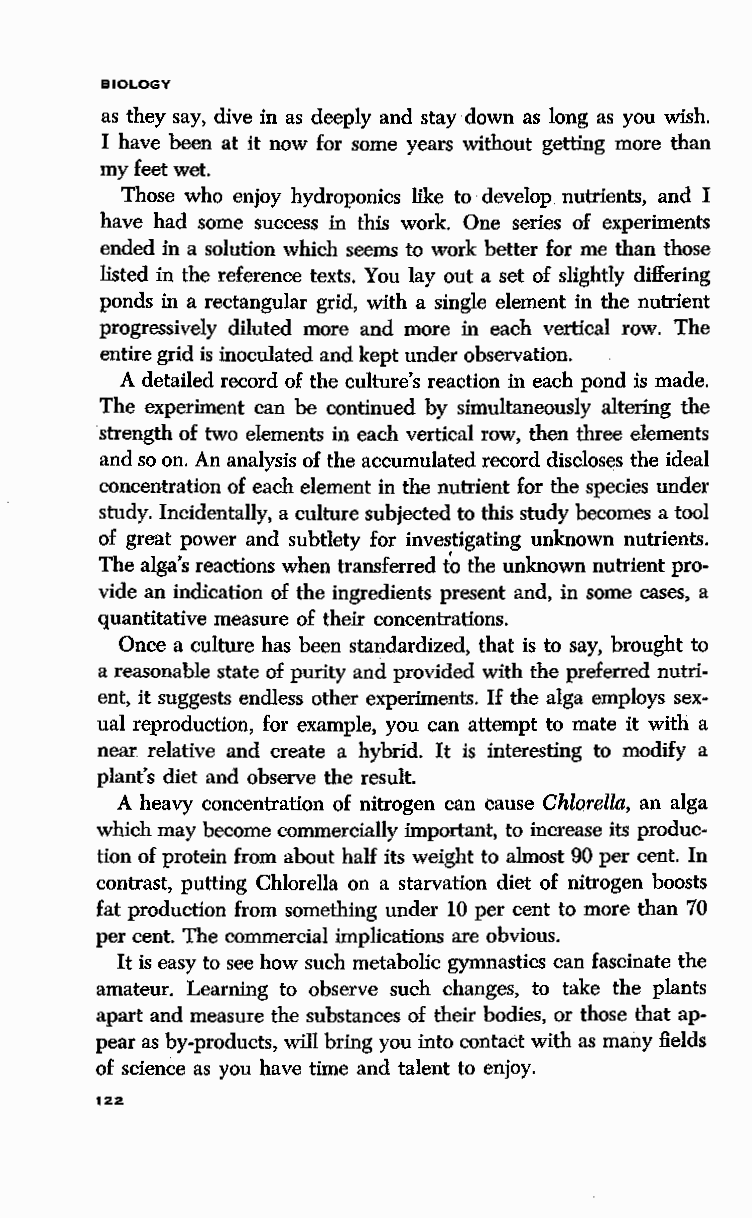
BIOLOGY
 as they say, dive in as deeply and stay down as long as you wish.
 I have been at it now for some years without getting more than
 my feet wet.
 Those who enjoy hydroponics like to develop nutrients, and I
 have had some success in this work. One series of experiments
 ended in a solution which seems to work better for me than those
 listed in the reference texts. You lay out a set of slightly differing
 ponds in a rectangular grid, with a single element in the nutrient
 progressively diluted more and more in each vertical row. The
 entire grid is inoculated and kept under observation.
 A detailed record of the culture's reaction in each pond is made.
 The experiment can be continued by simultaneously altering the
 strength of two elements in each vertical row, then three elements
 and so on. An analysis of the accumulated record discloses the ideal
 concentration of each element in the nutrient for the species under
 study. Incidentally, a culture subjected to this study becomes a tool
 of gre-at power and subtlety for investigating unknown nutrients.
 The alga's reactions when transferred t'o the unknown nutrient pro
 vide an indication of the ingredients present and, in some cases, a
 quantitative measure of their concentrations.
 Once a culture has been standardized, that is to say, brought to
 a reasonable state of purity and provided with the preferred nutri
 ent, it suggests endless other experiments. If the alga employs sex
 ual reproduction, for example, you can attempt to mate it with a
 near relative and create a hybrid. It is interesting to modify a
 plant's diet and observe the result.
 A heavy concentration of nitrogen can cause Chlorella, an alga
 which may become commercially important, to increase its produc
 tion of protein from about half its weight to almost 90 per cent. In
 contrast, putting Chlorella on a starvation diet of nitrogen boosts
 fat production from something under 10 per cent to more than 70
 per cent. The commercial implications are obvious.
 It is easy to see how such metabolic gymnastics can fascinate the
 amateur. Learning to observe such changes, to take the plants
 apart and measure the substances of their bodies, or those that ap
 pear as by-products, will bring you into contact with as many fields
 of science as you have time and talent to enjoy.
 122